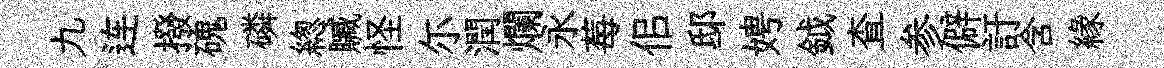
九连撥磈磷緫贓怪尓潤爛永莓佀邸娉鉞查参僻訏含縁